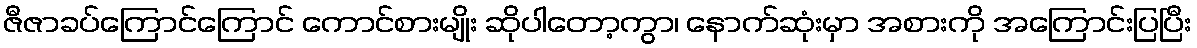
ဇီဇာခပ်ကြောင်ကြောင် ကောင်စားမျိုး ဆိုပါတော့ကွာ၊ နောက်ဆုံးမှာ အစားကို အကြောင်းပြပြီး